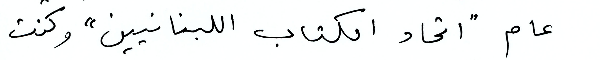
عام "اتحاد الكتاب اللبنانيين: وكنت